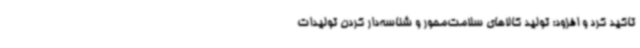
تاکید کرد و افزود: تولید کالاهای سلامت‌محور و شناسه‌دار کردن تولیدات